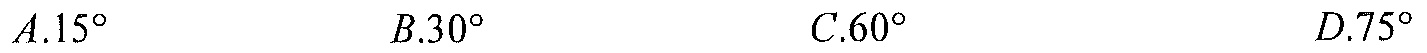
\(A.15^{\circ}\)  \(B.30^{\circ}\)  \(C.60^{\circ}\)  \(D.75^{\circ}\)